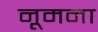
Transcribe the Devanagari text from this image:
नूमना